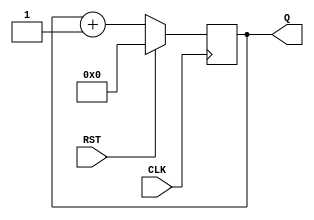
`timescale 1ns / 1ps
//////////////////////////////////////////////////////////////////////////////////
// Company: 
// Engineer: 
// 
// Design Name: 
// Module Name: Contador_20b
// Project Name: 
// Target Devices: 
// Tool Versions: 
// Description: 
// 
// Dependencies: 
// 
// Revision:
// Revision 0.01 - File Created
// Additional Comments:
// 
//////////////////////////////////////////////////////////////////////////////////


module Contador_19b(CLK, RST, Q
    );
    input CLK, RST;
    output reg [18:0] Q;
    
    always @(posedge CLK)
        if (RST)
            Q <= 19'b0;
        else 
            Q <= Q + 1'b1;

endmodule